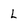
Character: L